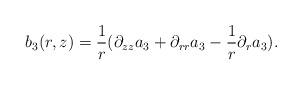
LaTeX: \begin{align*}b_3(r,z) = \frac 1 r ( \partial_{zz} a_3 + \partial_{rr} a_3 - \frac 1 r \partial_r a_3).\end{align*}